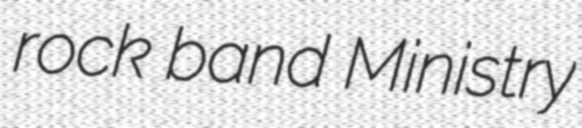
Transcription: rock band Ministry